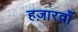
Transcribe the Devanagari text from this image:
हज़ारवाँ